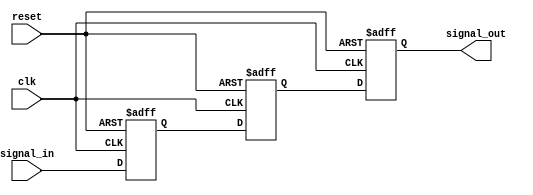
module metastability_detector (
    input wire clk,          // Clock signal
    input wire reset,        // Asynchronous reset signal
    input wire signal_in,    // Asynchronous input signal
    output reg signal_out     // Synchronized output signal
);

    reg ff1; // Output of the first flip-flop
    reg ff2; // Output of the second flip-flop

    // Asynchronous reset and FFs capturing
    always @(posedge clk or posedge reset) begin
        if (reset) begin
            ff1 <= 1'b0; // Reset FF1
            ff2 <= 1'b0; // Reset FF2
            signal_out <= 1'b0; // Reset output
        end else begin
            ff1 <= signal_in; // Capture input signal in FF1
            ff2 <= ff1;       // Capture FF1 output in FF2
            signal_out <= ff2; // Output the stable signal
        end
    end

endmodule